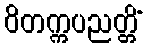
ဝိတက္ကပညတ္တိံ